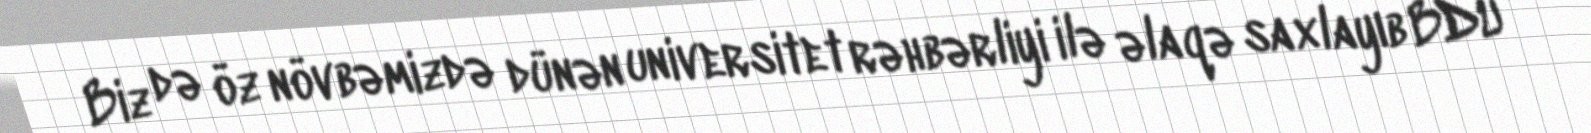
Biz də öz növbəmizdə dünən universitet rəhbərliyi ilə əlaqə saxlayıb BDU